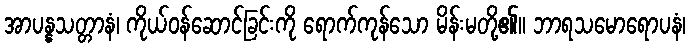
အာပန္နသတ္တာနံ၊ ကိုယ်ဝန်ဆောင်ခြင်းကို ရောက်ကုန်သော မိန်းမတို့၏။ ဘာရသမောရောပနံ၊